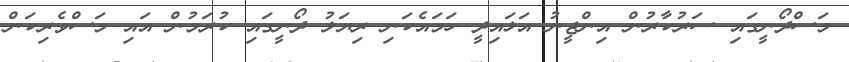
މަސްދޯނީގައި ސަރުކާރުން އިންޖީނު އަޅައިދީ ހަމައެކަނި ރިޔަލު ދޯނީގައި ކުރަމުން އައި މަސްވެރިކަން